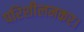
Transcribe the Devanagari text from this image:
परिशीलनकर।